Sketch of the medical history of the native army of Bombay, for the year
Year: 1875
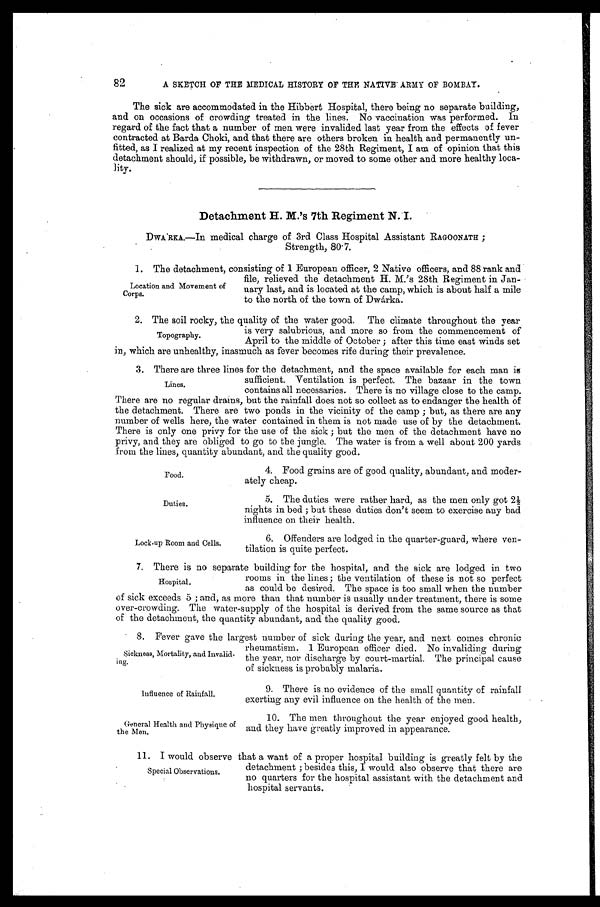
Food.
Duties.
Influence of Rainfall.
General Health and Physique of
the Men.
82
A SKETCH OF THE MEDICAL HISTORY OF THE NATIVE ARMY OF BOMBAY.
The sick are accommodated in the Hibbert Hospital, there being no separate building,
and on occasions of crowding treated in the lines. No vaccination was performed. In
regard of the fact that a number of men were invalided last year from the effects of fever
contracted at Barda Choki, and that there are others broken in health and permanently un
-fitted, as I realized at my recent inspection of the 28th Regiment, I am of opinion that this
detachment should, if possible, be withdrawn, or moved to some other and more healthy loca
-lity.
Detachment H. M.'s 7th Regiment N. I.
DWÁRKA.—In medical charge of 3rd Class Hospital Assistant RAGOONATH;
Strength, 80.7.
1 . T h e d e t a c h m e n t , c o n s i s t i n g o f 1 E u r o p e a n o f f i c e r , 2 N a t i v e o f f i c e r s , a n d 8 8 r a n k a n d
file, relieved the detachment H. M.'s 28th Regiment in Jan
-uary last, and is located at the camp, which is about half a mile
to the north of the town of Dwárka.
2 . T h e s o i l r o c k y , t h e q u a l i t y o f t h e w a t e r g o o d . T h e c l i m a t e t h r o u g h o u t t h e y e a r
is very salubrious, and more so from the commencement of
April to the middle of October; after this time east winds set
in, which are unhealthy, inasmuch as fever becomes rife during their prevalence.
3. There are three lines for the detachment, and the space available for each man is
sufficient. Ventilation is perfect. The bazaar in the town
contains all necessaries. There is no village close to the camp.
There are no regular drains, but the rainfall does not so collect as to endanger the health of
the detachment. There are two ponds in the vicinity of the camp; but, as there are any
number of wells here, the water contained in them is not made use of by the detachment.
There is only one privy for the use of the sick; but the men of the detachment have no
privy, and they are obliged to go to the jungle. The water is from a well about 200 yards
from the lines, quantity abundant, and the quality good.
Location and Movement of
Corps.
Topography.
Lines.
Lock-up Room and Cells.
4. Food grains are of good quality, abundant, and moder
-ately cheap.
5. The duties were rather hard, as the men only got 2½
nights in bed; but these duties don't seem to exercise any bad
influence on their health.
6. Offenders are lodged in the quarter-guard, where ven
-tilation is quite perfect.
7. There is no separate building for the hospital, and the sick are lodged in two
rooms in the lines; the ventilation of these is not so perfect
as could be desired. The space is too small when the number
of sick exceeds 5; and, as more than that number is usually under treatment, there is some
over-crowding. The water-supply of the hospital is derived from the same source as that
of the detachment, the quantity abundant, and the quality good.
8 . F e v e r g a v e t h e l a r g e s t n u m b e r o f s i c k d u r i n g t h e y e a r , a n d n e x t c o m e s c h r o n i c
rheumatism. 1 European officer died. No invaliding during
the year, nor discharge by court-martial. The principal cause
of sickness is probably malaria.
Hospital.
Sickness, Mortality, and Invalid-
ing.
9. There is no evidence of the small quantity of rainfall
exerting any evil influence on the health of the men.
10. The men throughout the year enjoyed good health,
and they have greatly improved in appearance.
11. I would observe that a want of a proper hospital building is greatly felt by the
detachment; besides this, I would also observe that there are
no quarters for the hospital assistant with the detachment and
hospital servants.
Special Observations.